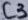
Text: C3